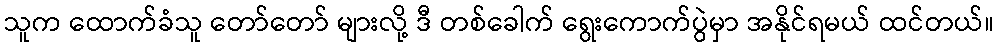
သူက ထောက်ခံသူ တော်တော် များလို့ ဒီ တစ်ခေါက် ရွေးကောက်ပွဲမှာ အနိုင်ရမယ် ထင်တယ်။